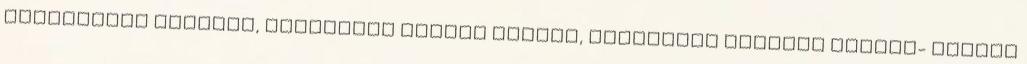
udvarházak építése, politikai szerep igénye, kastélyok épülnek Fertőd- „talán